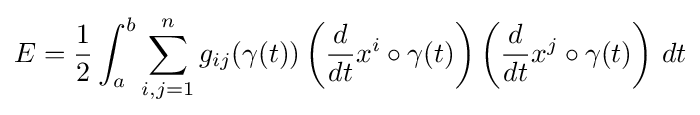
E={\frac {1}{2}}\int _{a}^{b}\sum _{i,j=1}^{n}g_{ij}(\gamma (t))\left({\frac {d}{dt}}x^{i}\circ \gamma (t)\right)\left({\frac {d}{dt}}x^{j}\circ \gamma (t)\right)\,dt